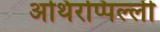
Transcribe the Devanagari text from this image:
अथिरप्पिल्ली